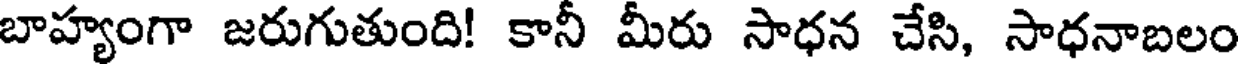
బాహ్యంగా జరుగుతుంది! కానీ మీరు సాధన చేసి, సాధనాబలం